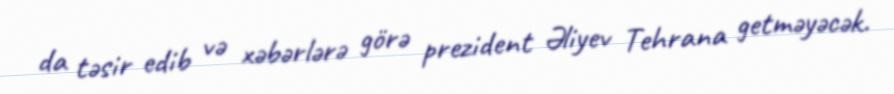
da təsir edib və xəbərlərə görə prezident Əliyev Tehrana getməyəcək.